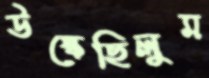
উস্‌কেছিলুম